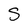
Character: S